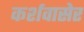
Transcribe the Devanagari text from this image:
कर्शवासेर